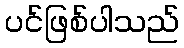
ပင်ဖြစ်ပါသည်